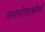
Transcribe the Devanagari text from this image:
वनस्पतिशास्त्रविदों